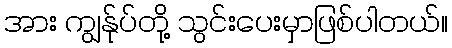
အား ကျွန်ုပ်တို့ သွင်းပေးမှာဖြစ်ပါတယ်။